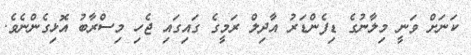
ކަނަށް ވަނީ މިލާނުގެ ޑިފެންޑަރު އާދިލް ރަމީގެ ގައިގައި ޖެހި މިސްރާބު އޮޅިގެންނެވެ.